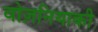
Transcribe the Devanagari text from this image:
वोज़नियाकी